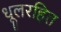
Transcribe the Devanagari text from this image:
धूलरहित